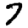
Digit: 7